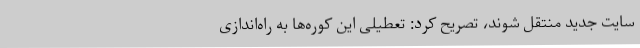
سایت جدید منتقل شوند، تصریح کرد: تعطیلی این کوره‌ها به راه‌اندازی